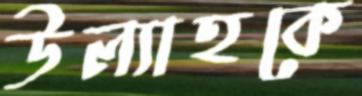
উল্যাহকে